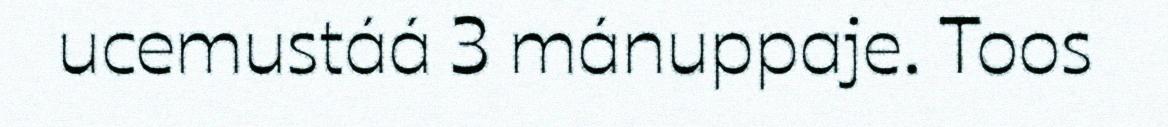
ucemustáá 3 mánuppaje. Toos